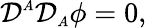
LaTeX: {\cal D}^{\scriptscriptstyle A}{\cal D}_{\scriptscriptstyle A}\phi=0,